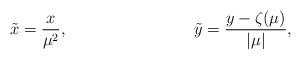
LaTeX: \begin{align*}\tilde{x} &= \frac{x}{\mu^2}, &\tilde{y} &= \frac{y - \zeta(\mu)}{|\mu|},\end{align*}